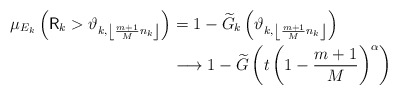
\begin{align*}\mu_{E_{k}}\left( \mathsf{R}_{k}>\vartheta_{k,\left\lfloor \frac{m+1}{M}n_{k}\right\rfloor }\right) & =1-\widetilde{G}_{k}\left( \vartheta_{k,\left\lfloor \frac{m+1}{M}n_{k}\right\rfloor }\right) \\& \longrightarrow1-\widetilde{G}\left( t\left( 1-\frac{m+1}{M}\right)^{\alpha}\right) \end{align*}